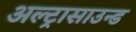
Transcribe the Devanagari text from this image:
अल्‍ट्रासाउन्‍ड